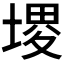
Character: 𰊐